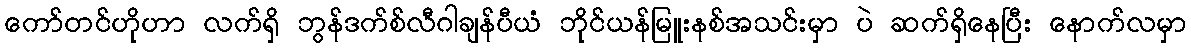
ကော်တင်ဟိုဟာ လက်ရှိ ဘွန်ဒက်စ်လီဂါချန်ပီယံ ဘိုင်ယန်မြူးနစ်အသင်းမှာ ပဲ ဆက်ရှိနေပြီး နောက်လမှာ